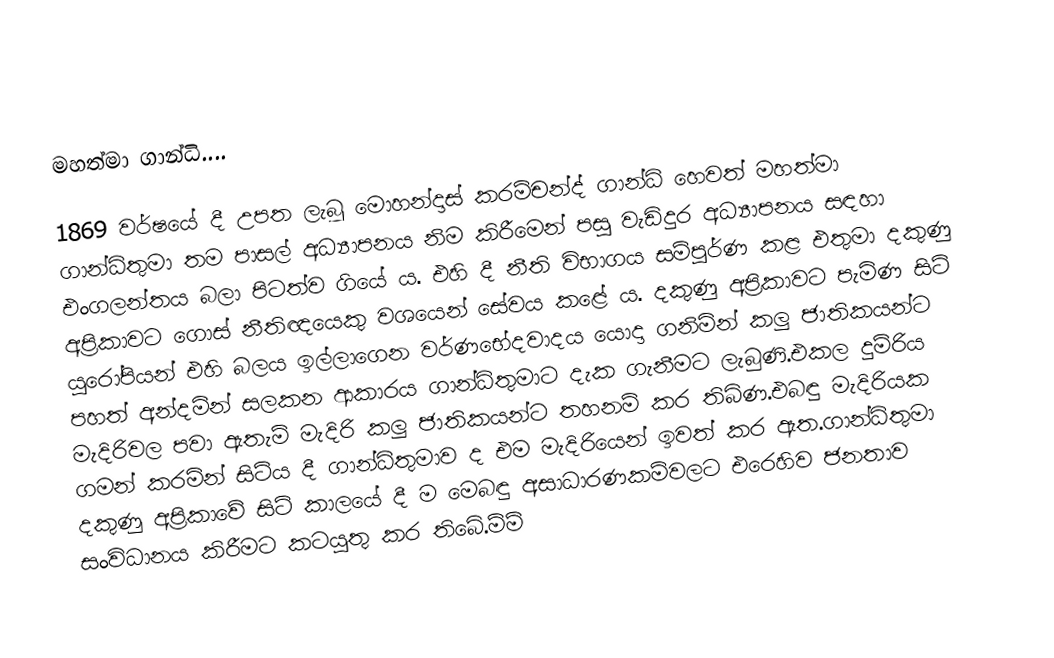
මහත්මා ගාන්ධි....

1869 වර්ෂයේ දී උපත ලැබූ මොහන්දාස් කරම්චන්ද් ගාන්ධි හෙවත් මහත්මා ගාන්ධිතුමා තම පාසල් අධ්‍යාපනය නිම කිරීමෙන් පසු වැඩිදුර අධ්‍යාපනය සඳහා එංගලන්තය බලා පිටත්ව ගියේ ය. එහි දී නීති විභාගය සම්පූර්ණ කළ එතුමා දකුණු අප්‍රිකාවට ගොස් නීතිඥයෙකු වශයෙන් සේවය කළේ ය. දකුණු අප්‍රිකාවට පැමිණ සිටි යුරෝපියන් එහි බලය ඉල්ලාගෙන වර්ණභේදවාදය යොදා ගනිමින් කලු ජාතිකයන්ට පහත් අන්දමින් සලකන ආකාරය ගාන්ධිතුමාට දැක ගැනීමට ලැබුණි.එකල දුම්රිය මැදිරිවල පවා ඇතැම් මැදිරි කලු ජාතිකයන්ට තහනම් කර තිබිණ.එබඳු මැදිරියක ගමන් කරමින් සිටිය දී ගාන්ධිතුමාව ද එම මැදිරියෙන් ඉවත් කර ඇත.ගාන්ධිතුමා දකුණු අප්‍රිකාවේ සිටි කාලයේ දී ම මෙබඳු අසාධාරණකම්වලට එරෙහිව ජනතාව සංවිධානය කිරීමට කටයුතු කර තිබේ.ම්ම්